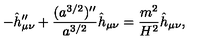
- \hat { h } _ { \mu \nu } ^ { \prime \prime } + { \frac { ( a ^ { 3 / 2 } ) ^ { \prime \prime } } { a ^ { 3 / 2 } } } \hat { h } _ { \mu \nu } = { \frac { m ^ { 2 } } { H ^ { 2 } } } \hat { h } _ { \mu \nu } ,